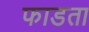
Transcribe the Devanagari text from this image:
फाडता